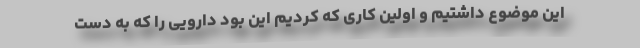
این موضوع داشتیم و اولین کاری که کردیم این بود دارویی را که به دست